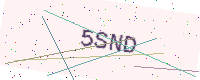
Text: 5SND